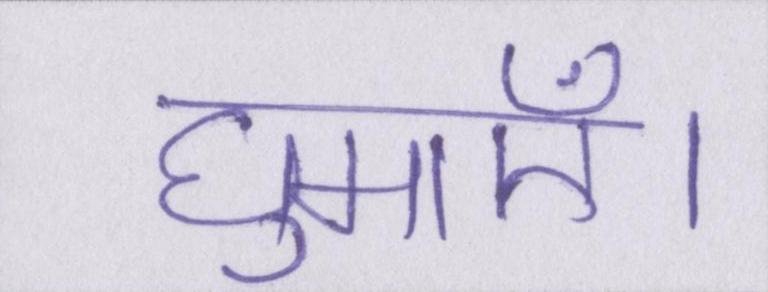
घुमाएँ।